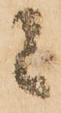
候